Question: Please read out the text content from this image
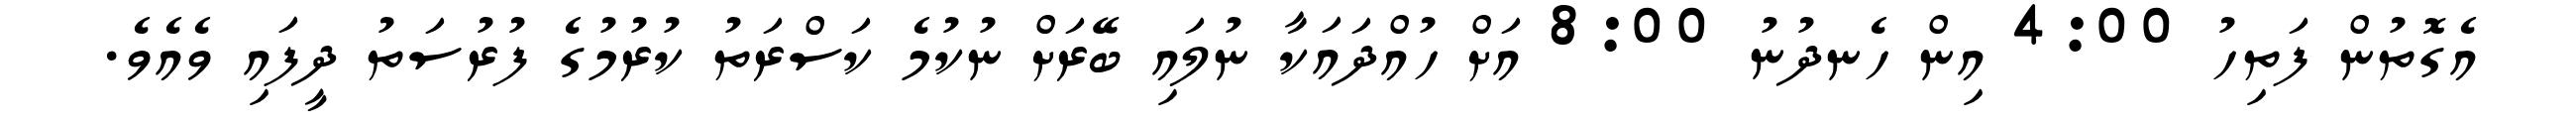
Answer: އެގޮތުން ފަތިހު 4:00 އިން ހެނދުނު 8:00 އަށް ހުއްދައަކާ ނުލައި ބޭރަށް ނުކުމެ ކަސްރަތު ކުރުމުގެ ފުރުސަތު ދީފައި ވެއެވެ.